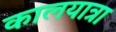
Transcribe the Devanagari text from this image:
कालयात्रा